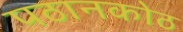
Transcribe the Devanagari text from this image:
पठानकोठ